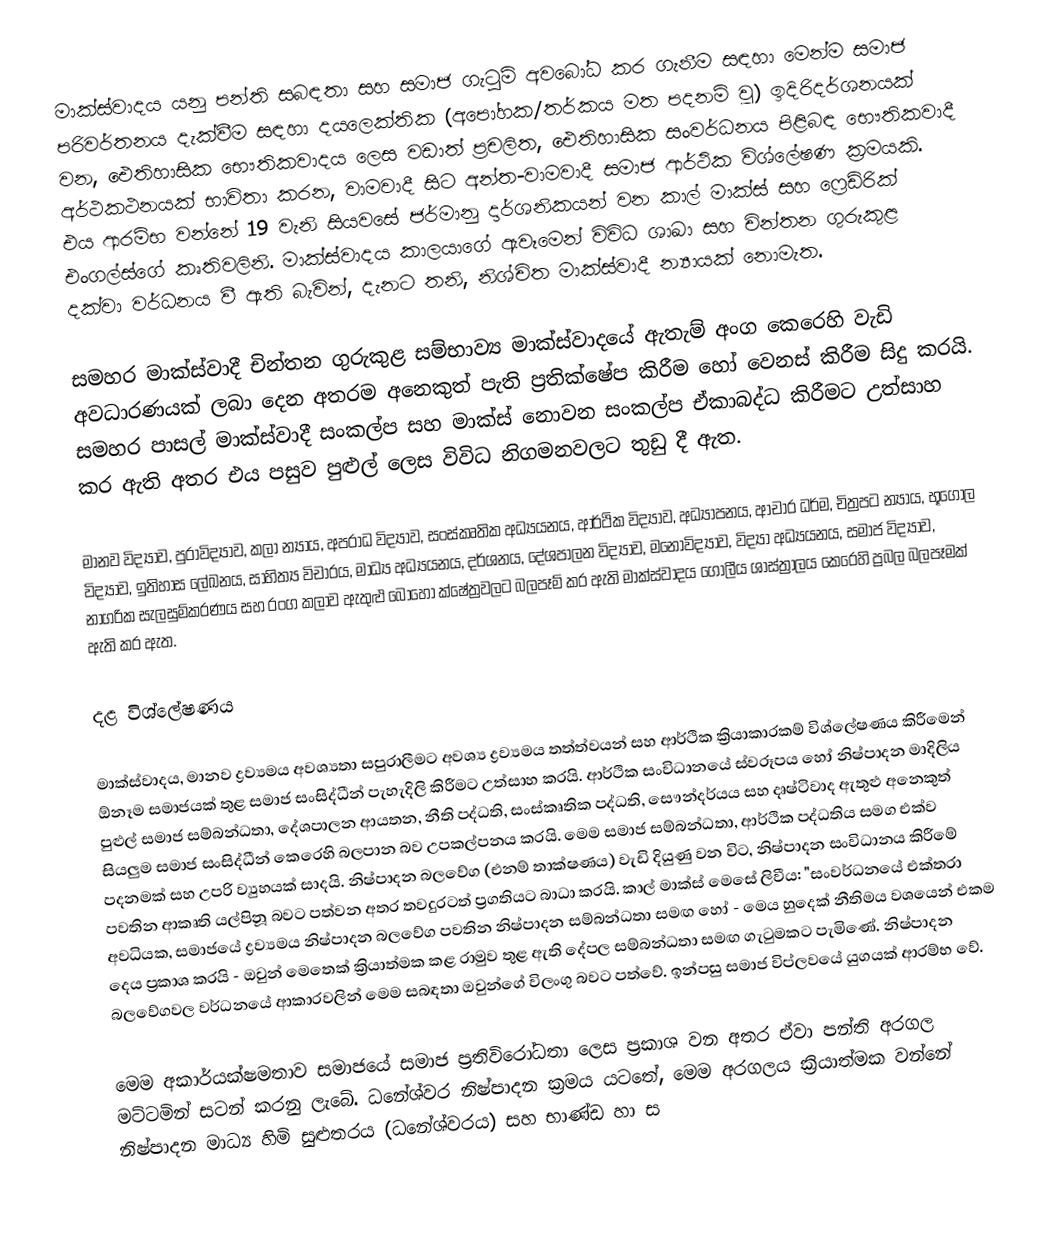
මාක්ස්වාදය යනු පන්ති සබඳතා සහ සමාජ ගැටුම් අවබෝධ කර ගැනීම සඳහා මෙන්ම සමාජ පරිවර්තනය දැක්වීම සඳහා දයලෙක්තික (අපෝහක/තර්කය මත පදනම් වූ) ඉදිරිදර්ශනයක් වන, ඓතිහාසික භෞතිකවාදය ලෙස වඩාත් ප්‍රචලිත, ඓතිහාසික සංවර්ධනය පිළිබඳ භෞතිකවාදී අර්ථකථනයක් භාවිතා කරන, වාමවාදී සිට අන්ත-වාමවාදී සමාජ ආර්ථික විශ්ලේෂණ ක්‍රමයකි. එය ආරම්භ වන්නේ 19 වැනි සියවසේ ජර්මානු දාර්ශනිකයන් වන කාල් මාක්ස් සහ ෆ්‍රෙඩ්රික් එංගල්ස්ගේ කෘතිවලිනි. මාක්ස්වාදය කාලයාගේ ඇවෑමෙන් විවිධ ශාඛා සහ චින්තන ගුරුකුළ දක්වා වර්ධනය වී ඇති බැවින්, දැනට තනි, නිශ්චිත මාක්ස්වාදී න්‍යායක් නොමැත.

සමහර මාක්ස්වාදී චින්තන ගුරුකුළ සම්භාව්‍ය මාක්ස්වාදයේ ඇතැම් අංග කෙරෙහි වැඩි අවධාරණයක් ලබා දෙන අතරම අනෙකුත් පැති ප්‍රතික්ෂේප කිරීම හෝ වෙනස් කිරීම සිදු කරයි. සමහර පාසල් මාක්ස්වාදී සංකල්ප සහ මාක්ස් නොවන සංකල්ප ඒකාබද්ධ කිරීමට උත්සාහ කර ඇති අතර එය පසුව පුළුල් ලෙස විවිධ නිගමනවලට තුඩු දී ඇත.

මානව විද්‍යාව, පුරාවිද්‍යාව, කලා න්‍යාය, අපරාධ විද්‍යාව, සංස්කෘතික අධ්‍යයනය, ආර්ථික විද්‍යාව, අධ්‍යාපනය, ආචාර ධර්ම, චිත්‍රපට න්‍යාය, භූගෝල විද්‍යාව, ඉතිහාස ලේඛනය, සාහිත්‍ය විචාරය, මාධ්‍ය අධ්‍යයනය, දර්ශනය, දේශපාලන විද්‍යාව, මනෝවිද්‍යාව, විද්‍යා අධ්‍යයනය,  සමාජ විද්‍යාව, නාගරික සැලසුම්කරණය සහ රංග කලාව ඇතුළු බොහෝ ක්ෂේත්‍රවලට බලපෑම් කර ඇති මාක්ස්වාදය ගෝලීය ශාස්ත්‍රාලය කෙරෙහි ප්‍රබල බලපෑමක් ඇති කර ඇත.

දළ විශ්ලේෂණය

මාක්ස්වාදය, මානව ද්‍රව්‍යමය අවශ්‍යතා සපුරාලීමට අවශ්‍ය ද්‍රව්‍යමය තත්ත්වයන් සහ ආර්ථික ක්‍රියාකාරකම් විශ්ලේෂණය කිරීමෙන් ඕනෑම සමාජයක් තුළ සමාජ සංසිද්ධීන් පැහැදිලි කිරීමට උත්සාහ කරයි. ආර්ථික සංවිධානයේ ස්වරූපය හෝ නිෂ්පාදන මාදිලිය පුළුල් සමාජ සම්බන්ධතා, දේශපාලන ආයතන, නීති පද්ධති, සංස්කෘතික පද්ධති, සෞන්දර්යය සහ දෘෂ්ටිවාද ඇතුළු අනෙකුත් සියලුම සමාජ සංසිද්ධීන් කෙරෙහි බලපාන බව උපකල්පනය කරයි. මෙම සමාජ සම්බන්ධතා, ආර්ථික පද්ධතිය සමග එක්ව පදනමක් සහ උපරි ව්‍යුහයක් සාදයි. නිෂ්පාදන බලවේග (එනම් තාක්ෂණය) වැඩි දියුණු වන විට, නිෂ්පාදන සංවිධානය කිරීමේ පවතින ආකෘති යල්පිනූ බවට පත්වන අතර තවදුරටත් ප්‍රගතියට බාධා කරයි. කාල් මාක්ස් මෙසේ ලිවීය: "සංවර්ධනයේ එක්තරා අවධියක, සමාජයේ ද්‍රව්‍යමය නිෂ්පාදන බලවේග පවතින නිෂ්පාදන සම්බන්ධතා සමඟ හෝ - මෙය හුදෙක් නීතිමය වශයෙන් එකම දෙය ප්‍රකාශ කරයි - ඔවුන් මෙතෙක් ක්‍රියාත්මක කළ රාමුව තුළ ඇති දේපල සම්බන්ධතා සමඟ ගැටුමකට පැමිණේ. නිෂ්පාදන බලවේගවල වර්ධනයේ ආකාරවලින් මෙම සබඳතා ඔවුන්ගේ විලංගු බවට පත්වේ. ඉන්පසු සමාජ විප්ලවයේ යුගයක් ආරම්භ වේ.

මෙම අකාර්යක්ෂමතාව සමාජයේ සමාජ ප්‍රතිවිරෝධතා ලෙස ප්‍රකාශ වන අතර ඒවා පන්ති අරගල මට්ටමින් සටන් කරනු ලැබේ. ධනේශ්වර නිෂ්පාදන ක්‍රමය යටතේ, මෙම අරගලය ක්‍රියාත්මක වන්නේ නිෂ්පාදන මාධ්‍ය හිමි සුළුතරය (ධනේශ්වරය) සහ භාණ්ඩ හා ස